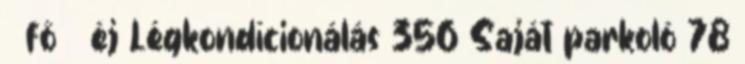
fő éj Légkondícionálás 356 Saját parkoló 78